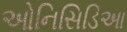
ઓનિસિડિઆ